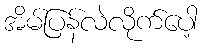
အိမ်ပြန်လဲလိုက်ပေါ့